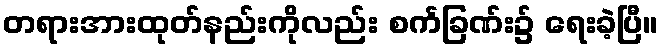
တရားအားထုတ်နည်းကိုလည်း စင်္ကခြဏ်း၌ ရေးခဲ့ပြီ။